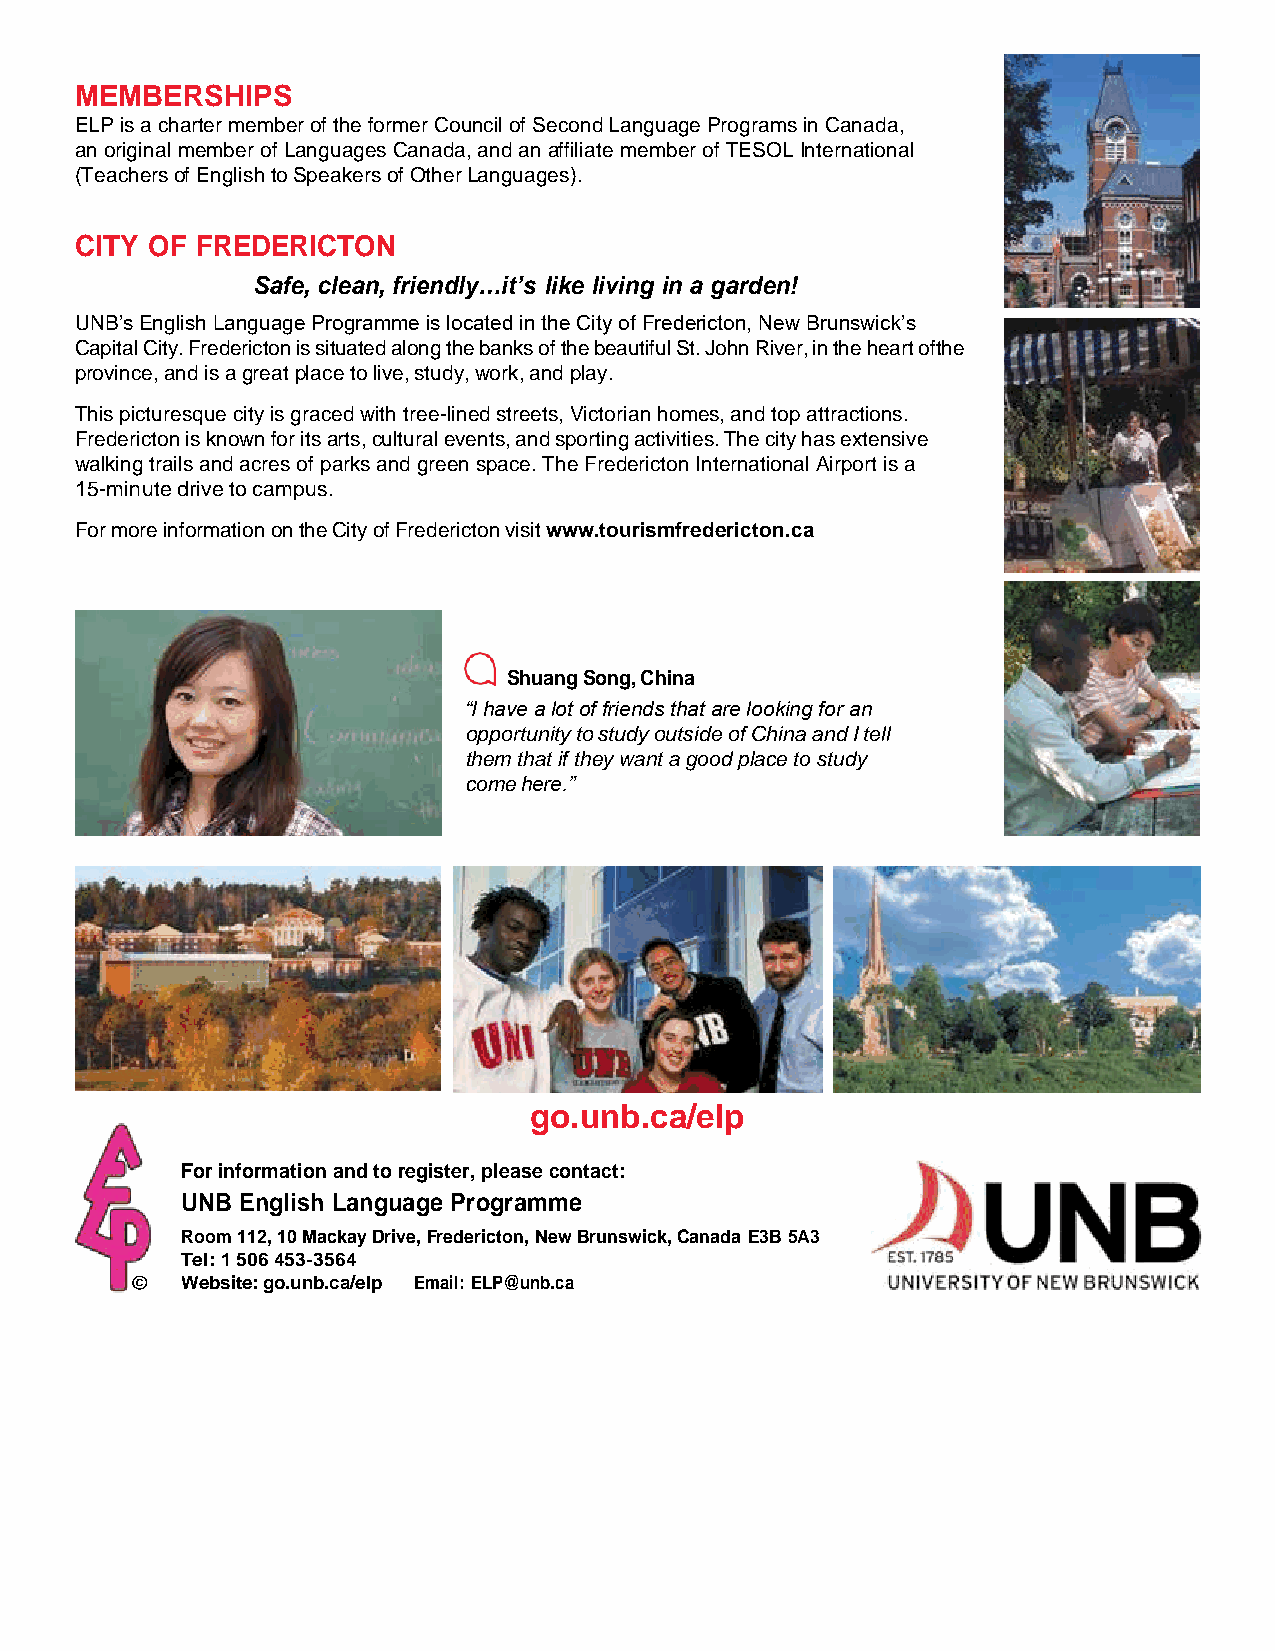
MEMBERSHIPS
 ELP is a charter member of the former Council of Second Language Programs in Canada,
 an original member of Languages Canada, and an affiliate member of TESOL International
 (Teachers of English to Speakers of Other Languages).
 CITY OF FREDERICTON
 Safe, clean, friendly…it’s like living in a garden!
 UNB’s English Language Programme is located in the City of Fredericton, New Brunswick’s
 Capital City. Fredericton is situated along the banks of the beautiful St. John River, in the heart of the
 province, and is a great place to live, study, work, and play.
 This picturesque city is graced with tree-lined streets, Victorian homes, and top attractions.
 Fredericton is known for its arts, cultural events, and sporting activities. The city has extensive
 walking trails and acres of parks and green space. The Fredericton International Airport is a
 15-minute drive to campus.
 For more information on the City of Fredericton visit www.tourismfredericton.ca
 Shuang Song, China
 “I have a lot of friends that are looking for an
 opportunity to study outside of China and I tell
 them that if they want a good place to study
 come here.”
 go.unb.ca/elp
 For information and to register, please contact:
 UNB English Language Programme
 Room 112, 10 Mackay Drive, Fredericton, New Brunswick, Canada E3B 5A3
 Tel: 1 506 453-3564
 Website: go.unb.ca/elp Email: ELP@unb.ca